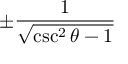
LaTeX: \pm { \frac { 1 } { \sqrt { \csc ^ { 2 } \theta - 1 } } }